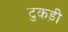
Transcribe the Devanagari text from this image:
टुकड़ी